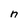
Character: n